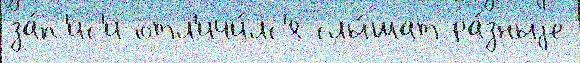
за́п'ис'и отл'ичи́лс'я слы́шат ра́зныjе